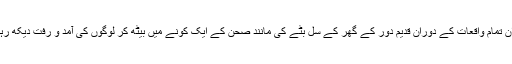
میں ان تمام واقعات کے دوران قدیم دور کے گھر کے سل بٹے کی مانند صحن کے ایک کونے میں بیٹھ کر لوگوں کی آمد و رفت دیکھ رہا تھا۔